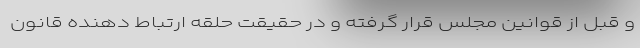
و قبل از قوانین مجلس قرار گرفته و در حقیقت حلقه ارتباط دهنده قانون